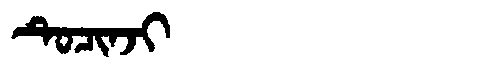
Manchu: ᡨᡠᠴᡳᠨᠵᡳ
Romanization: TUCINJI